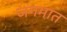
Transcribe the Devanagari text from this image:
जगमात